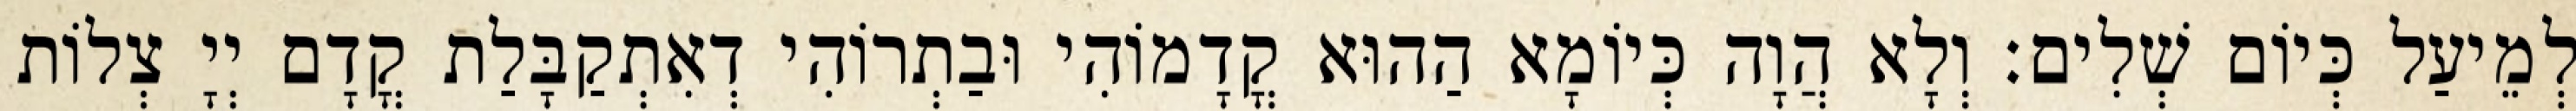
לְמֵיעַל כְּיוֹם שְׁלִים׃ וְלָא הֲוָה כְּיוֹמָא הַהוּא קֳדָמוֹהִי וּבַתְרוֹהִי דְאִתְקַבָּלַת קֳדָם יְיָ צְלוֹת